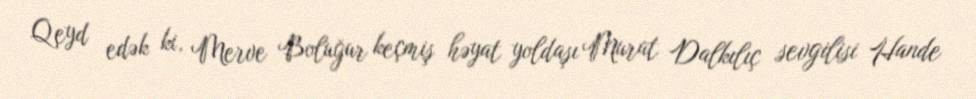
Qeyd edək ki, Merve Boluğur keçmiş həyat yoldaşı Murat Dalkılıç sevgilisi Hande